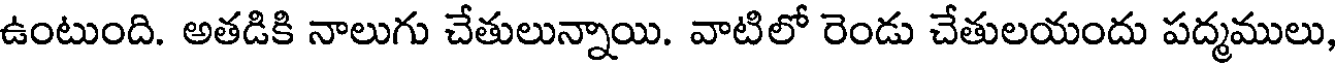
ఉంటుంది. అతడికి నాలుగు చేతులున్నాయి. వాటిలో రెండు చేతులయందు పద్మములు,